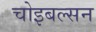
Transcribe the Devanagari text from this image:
चोइबल्सन